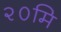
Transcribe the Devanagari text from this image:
२०मि